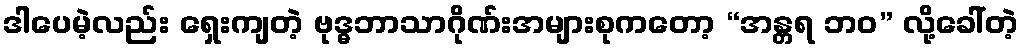
ဒါပေမဲ့လည်း ရှေးကျတဲ့ ဗုဒ္ဓဘာသာဂိုဏ်းအများစုကတော့ “အန္တရ ဘဝ” လို့ခေါ်တဲ့